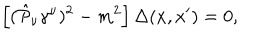
\left[ ( \hat { { \cal P } } _ { \nu } \gamma ^ { \nu } ) ^ { 2 } - m ^ { 2 } \right] \Delta ( x , x ^ { \prime } ) = 0 ,